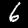
Label: 6